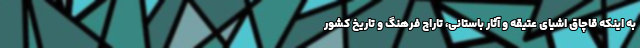
به اینکه قاچاق اشیای عتیقه و آثار باستانی، تاراج فرهنگ و تاریخ کشور